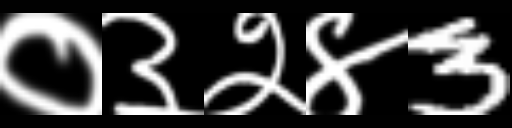
Text: ०३२४3